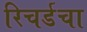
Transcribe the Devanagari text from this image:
रिचर्डचा